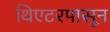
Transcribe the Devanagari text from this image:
थिएटरपासून